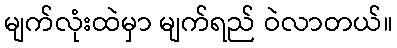
မျက်လုံးထဲမှာ မျက်ရည် ဝဲလာတယ်။